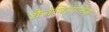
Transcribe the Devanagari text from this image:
शैलविज्ञानिक